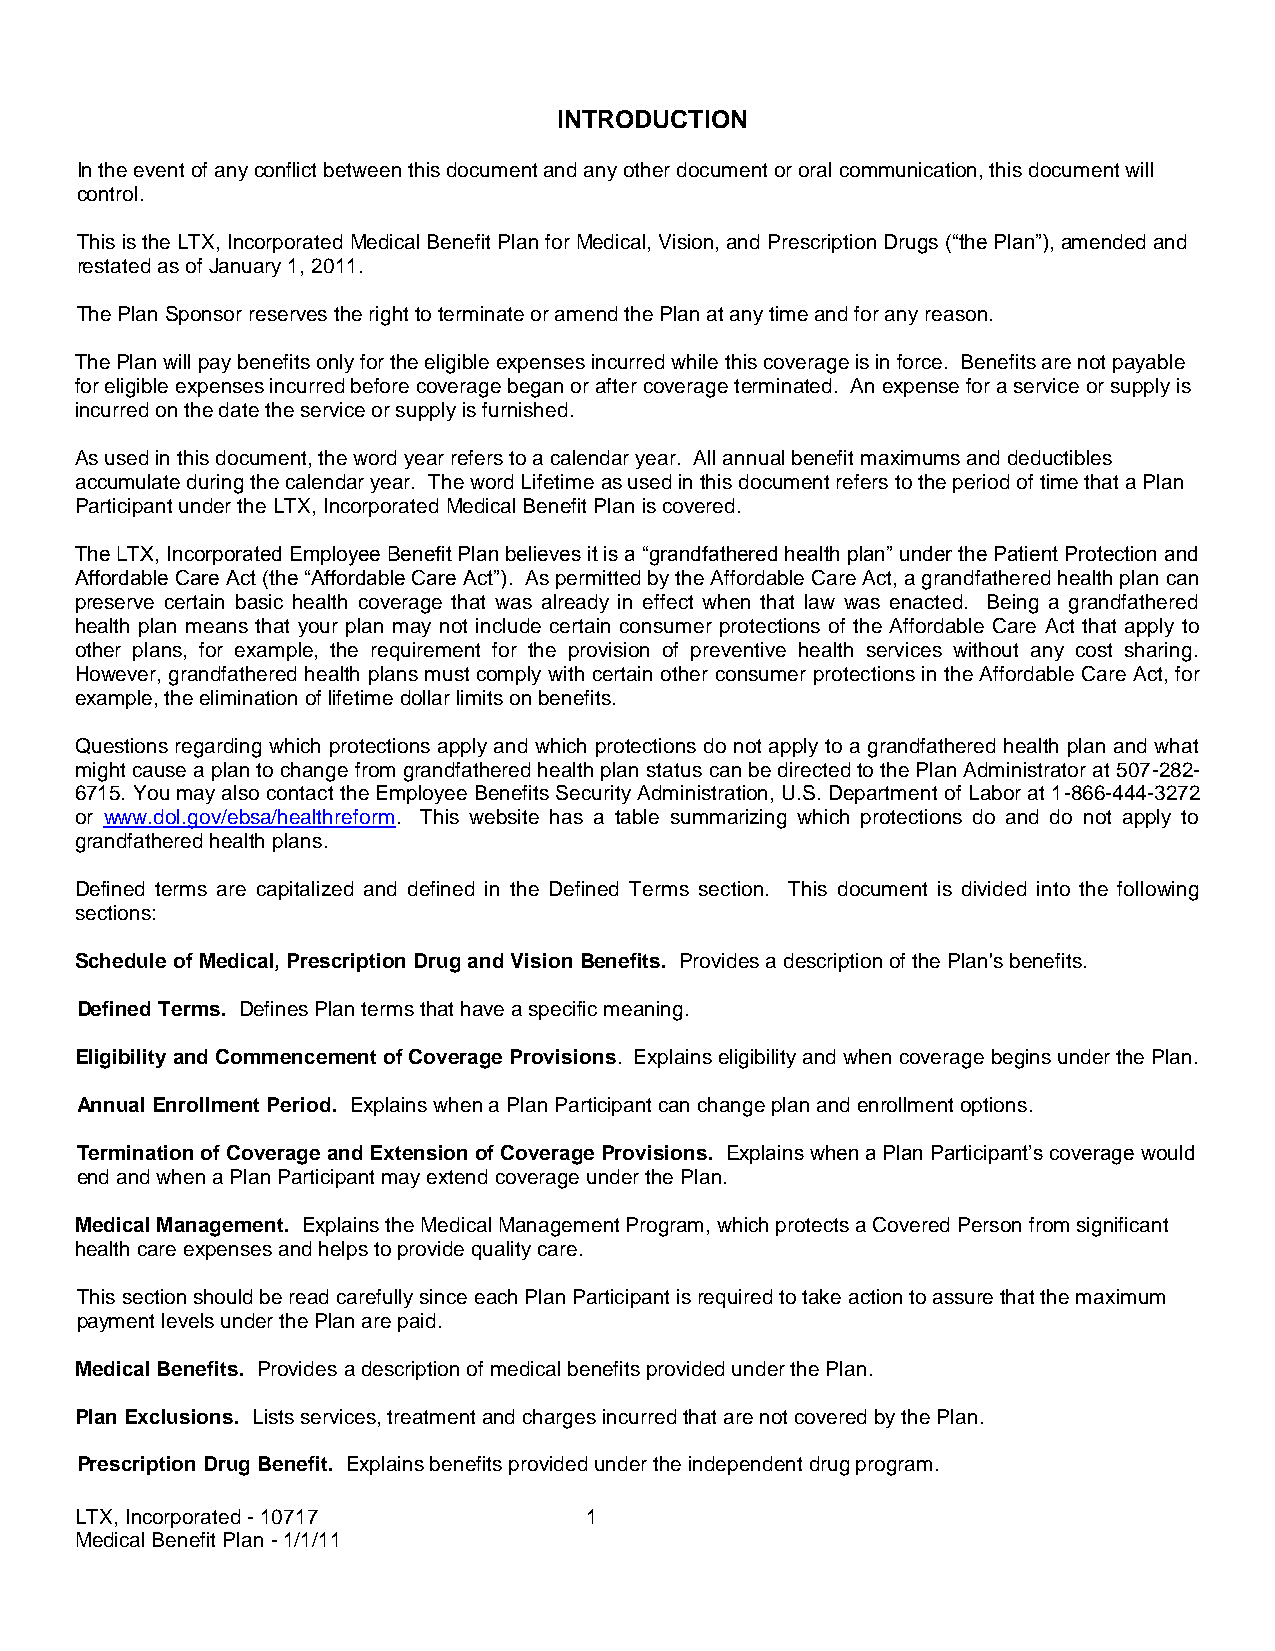
INTRODUCTION
 In the event of any conflict between this document and any other document or oral communication, this document will
 control.
 This is the LTX, Incorporated Medical Benefit Plan for Medical, Vision, and Prescription Drugs (“the Plan”), amended and
 restated as of January 1, 2011.
 The Plan Sponsor reserves the right to terminate or amend the Plan at any time and for any reason.
 The Plan will pay benefits only for the eligible expenses incurred while this coverage is in force. Benefits are not payable
 for eligible expenses incurred before coverage began or after coverage terminated. An expense for a service or supply is
 incurred on the date the service or supply is furnished.
 As used in this document, the word year refers to a calendar year. All annual benefit maximums and deductibles
 accumulate during the calendar year. The word Lifetime as used in this document refers to the period of time that a Plan
 Participant under the LTX, Incorporated Medical Benefit Plan is covered.
 The LTX, Incorporated Employee Benefit Plan believes it is a “grandfathered health plan” under the Patient Protection and
 Affordable Care Act (the “Affordable Care Act”). As permitted by the Affordable Care Act, a grandfathered health plan can
 preserve certain basic health coverage that was already in effect when that law was enacted. Being a grandfathered
 health plan means that your plan may not include certain consumer protections of the Affordable Care Act that apply to
 other plans, for example, the requirement for the provision of preventive health services without any cost sharing.
 However, grandfathered health plans must comply with certain other consumer protections in the Affordable Care Act, for
 example, the elimination of lifetime dollar limits on benefits.
 Questions regarding which protections apply and which protections do not apply to a grandfathered health plan and what
 might cause a plan to change from grandfathered health plan status can be directed to the Plan Administrator at 507-282-
 6715. You may also contact the Employee Benefits Security Administration, U.S. Department of Labor at 1-866-444-3272
 or www.dol.gov/ebsa/healthreform. This website has a table summarizing which protections do and do not apply to
 grandfathered health plans.
 Defined terms are capitalized and defined in the Defined Terms section. This document is divided into the following
 sections:
 Schedule of Medical, Prescription Drug and Vision Benefits. Provides a description of the Plan's benefits.
 Defined Terms. Defines Plan terms that have a specific meaning.
 Eligibility and Commencement of Coverage Provisions. Explains eligibility and when coverage begins under the Plan.
 Annual Enrollment Period. Explains when a Plan Participant can change plan and enrollment options.
 Termination of Coverage and Extension of Coverage Provisions. Explains when a Plan Participant’s coverage would
 end and when a Plan Participant may extend coverage under the Plan.
 Medical Management. Explains the Medical Management Program, which protects a Covered Person from significant
 health care expenses and helps to provide quality care.
 This section should be read carefully since each Plan Participant is required to take action to assure that the maximum
 payment levels under the Plan are paid.
 Medical Benefits. Provides a description of medical benefits provided under the Plan.
 Plan Exclusions. Lists services, treatment and charges incurred that are not covered by the Plan.
 Prescription Drug Benefit. Explains benefits provided under the independent drug program.
 LTX, Incorporated - 10717         1
 Medical Benefit Plan - 1/1/11